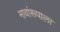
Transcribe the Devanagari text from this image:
नावांरूपाला